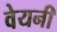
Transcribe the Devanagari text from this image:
वेयनी